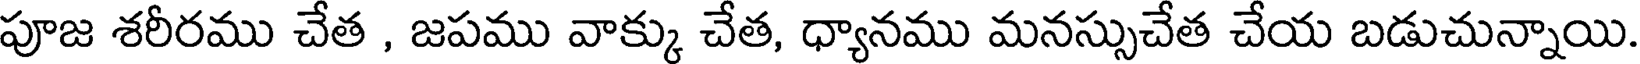
పూజ శరీరము చేత , జపము వాక్కు చేత, ధ్యానము మనస్సుచేత చేయ బడుచున్నాయి